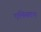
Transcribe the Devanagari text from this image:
एनिसटन